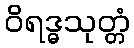
ဝိရဒ္ဓသုတ္တံ